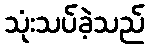
သုံးသပ်ခဲ့သည်